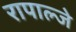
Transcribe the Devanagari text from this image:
रापाल्जे